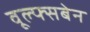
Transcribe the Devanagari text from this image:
वूल्फ्सबेन